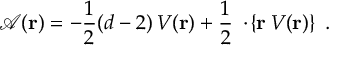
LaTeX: { \mathcal A } ( { \bf r } ) = - \frac { 1 } { 2 } ( d - 2 ) \, V ( { \bf r } ) + \frac { 1 } { 2 } \, { \bf \nabla } \! \cdot \! \left\{ { \bf r } \, V ( { \bf r } ) \right\} \; .